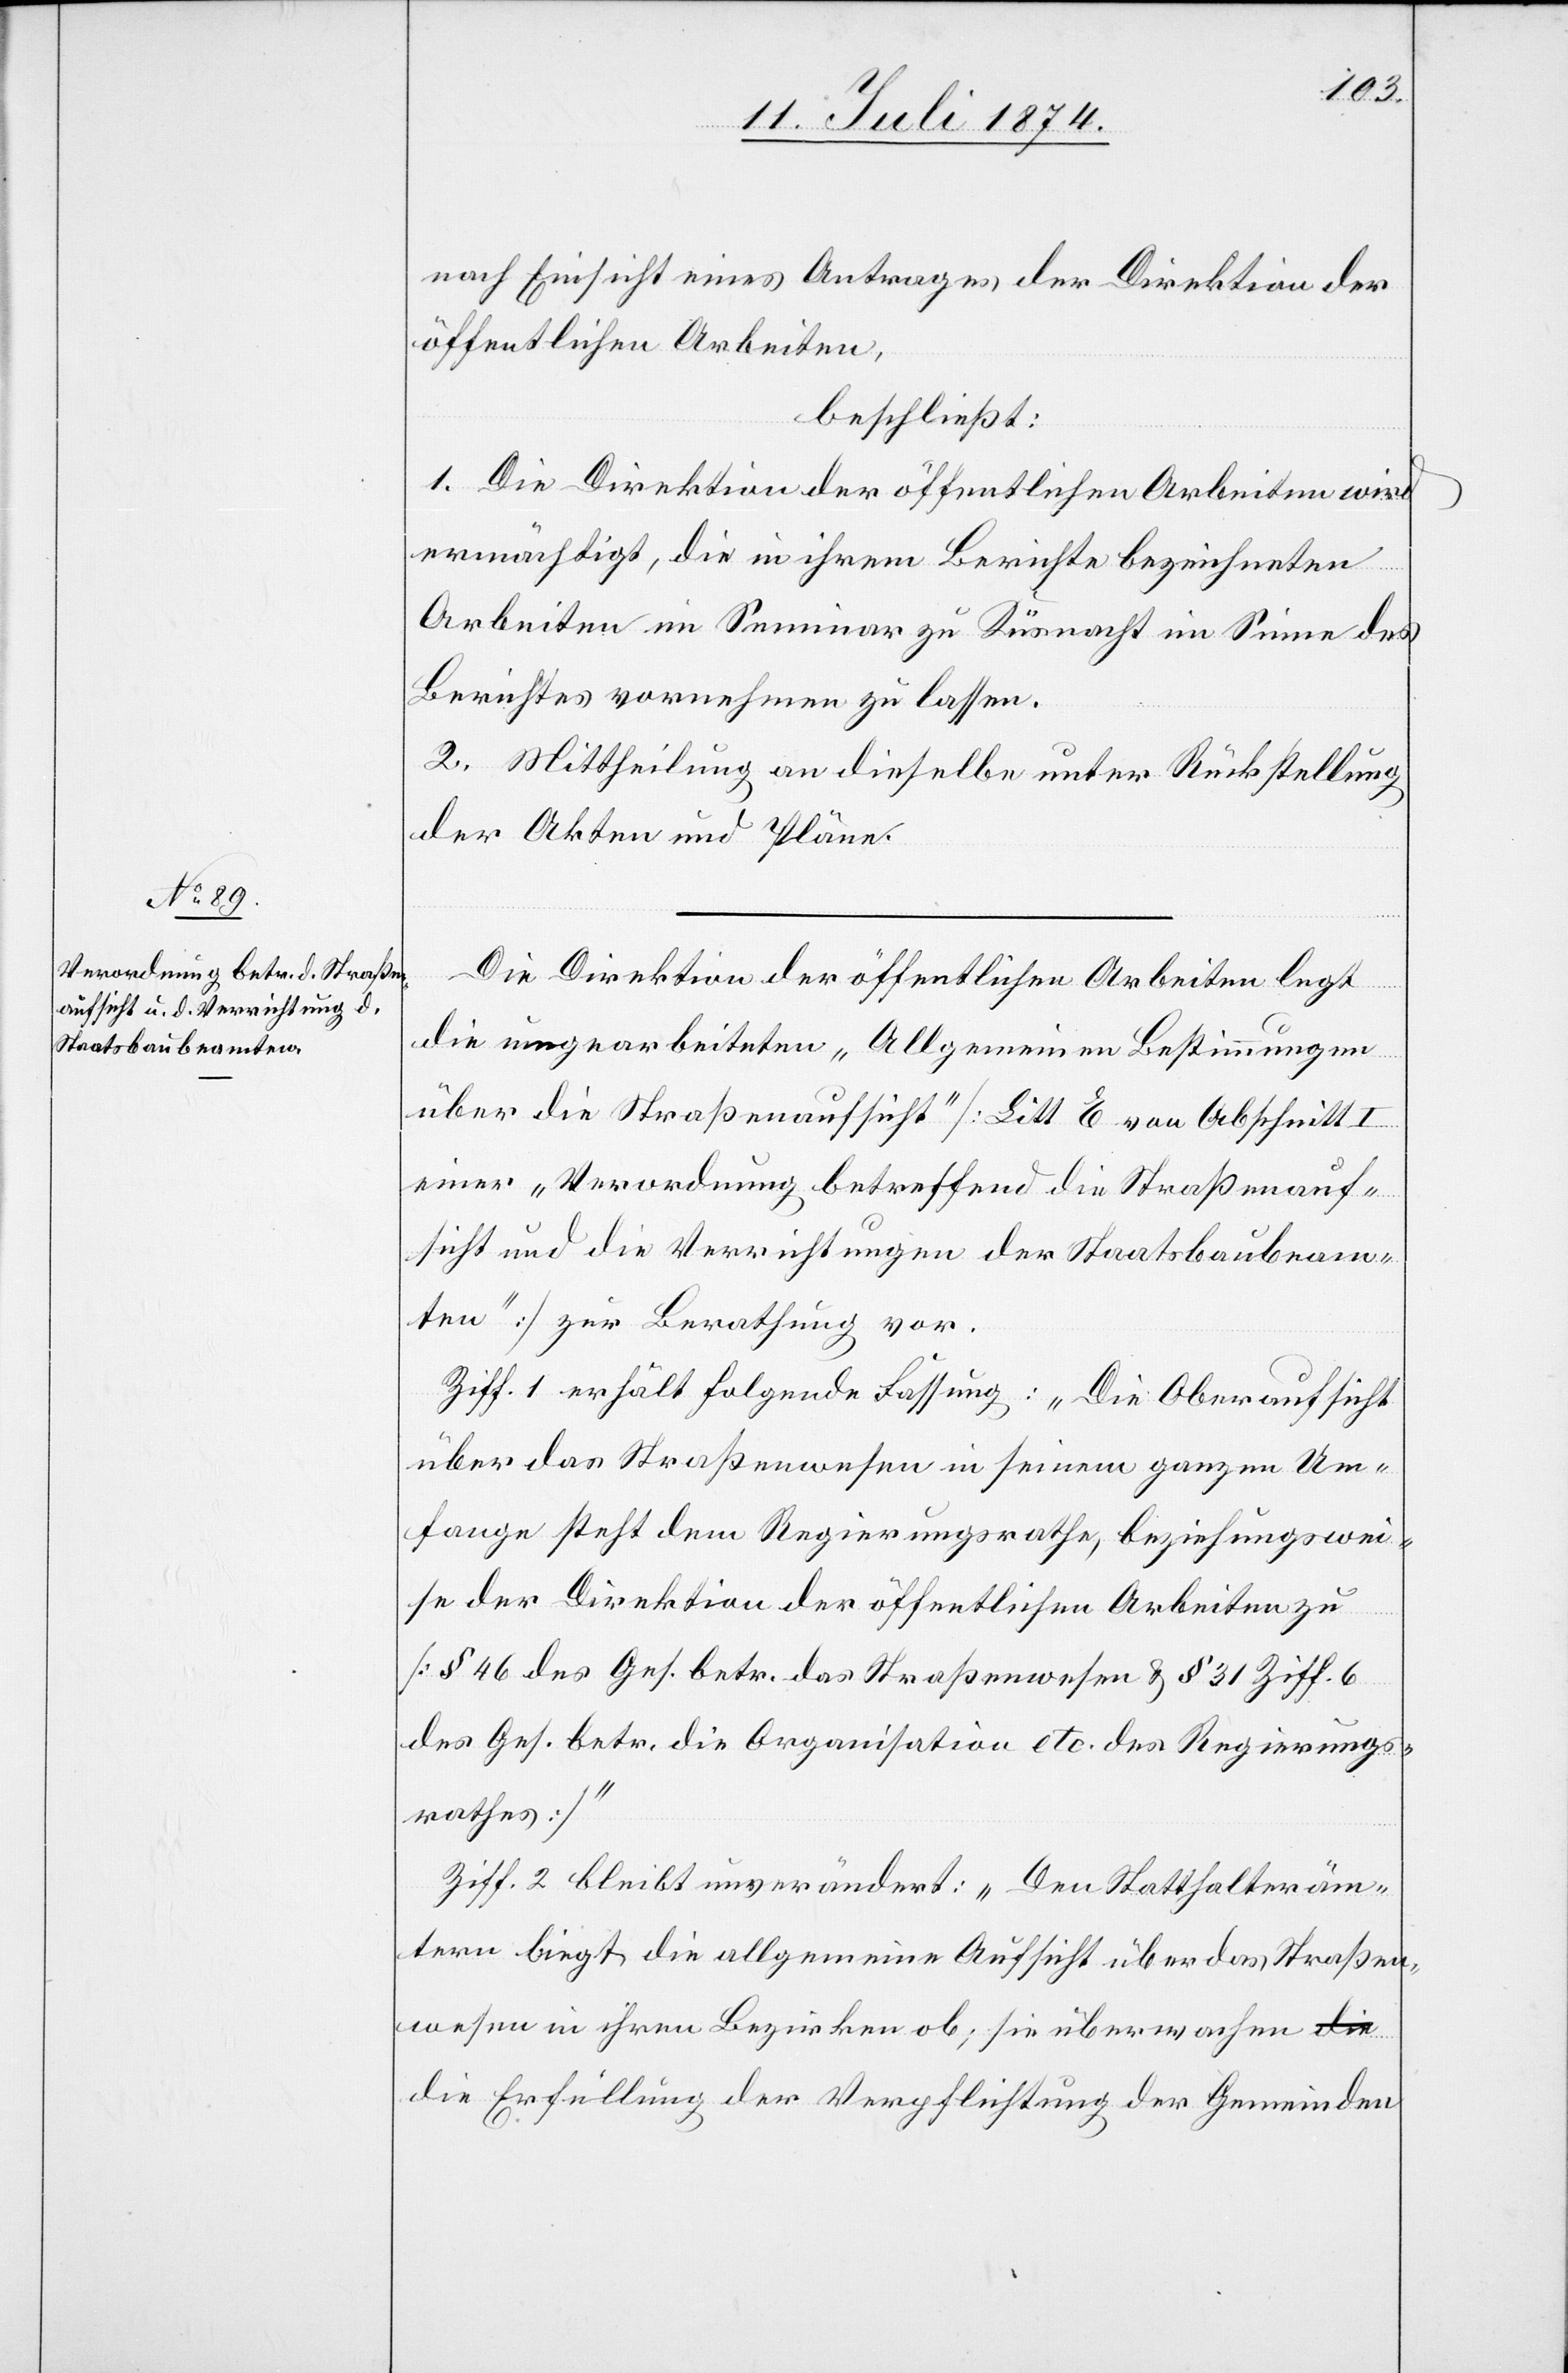
nach Einsicht eines Antrages der Direktion der
öffentlichen Arbeiten,
beschließt:
1. Die Direktion der öffentlichen Arbeiten wird
ermächtigt, die in ihrem Berichte bezeichneten
Arbeiten im Seminar zu Küsnacht im Sinne des
Berichtes vornehmen zu lassen.
2. Mittheilung an dieselbe unter Rückstellung
der Akten und Pläne.
Die Direktion der öffentlichen Arbeiten legt
die umgearbeiteten „Allgemeinen Bestimmungen
über die Straßenaufsicht“ [Litt E von Abschnitt I
einer „Verwendung betreffend die Straßenauf¬
sicht und die Verrichtungen der Staatsbaubeam¬
ten“] zur Berathung vor.
Ziff. 1 erhält folgende Fassung: „Die Oberaufsicht
über das Straßenwesen in seinem ganzen Um¬
fange steht dem Regierungsrathe, beziehungswei¬
se der Direktion der öffentlichen Arbeiten zu
[§ 46 des Ges. betr. das Straßenwesen u. § 31 Ziff. 6
des Ges. betr. die Organisation etc. des Regierungs¬
rathes]“
Ziff. 2 bleibt unverändert: „Den Statthalteräm¬
tern liegt die allgemeine Aufsicht über das Straßen¬
wesen in ihren Bezirken ob; sie überwachen d¬
ie Erfüllung der Verpflichtung der Gemeinden